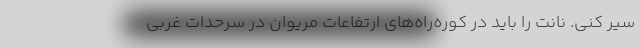
سير كني. نانت را بايد در كوره‌راه‌هاي ارتفاعات مريوان در سرحدات غربي